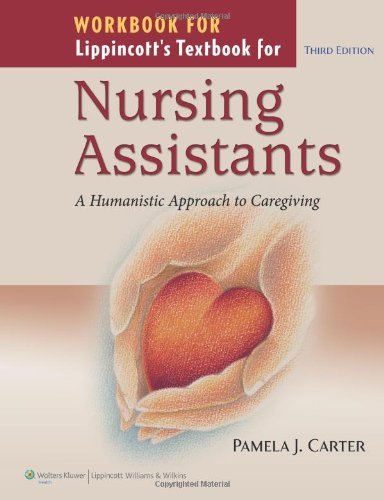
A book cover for By Pamela J. Carter: Workbook for Lippincott's Textbook for Nursing Assistants: A Humanistic Approach to Caregiving Third (3rd) Edition; -Author-; Medical Books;